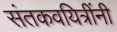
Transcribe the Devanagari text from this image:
संतकवयित्रींनी